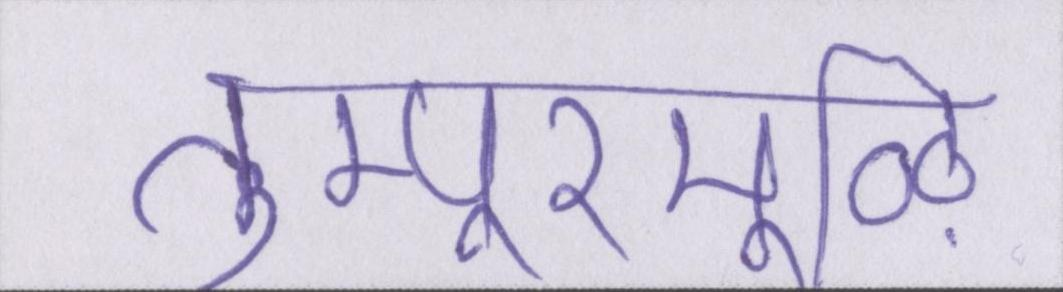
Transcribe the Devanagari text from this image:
तुम्पूरमूऴि